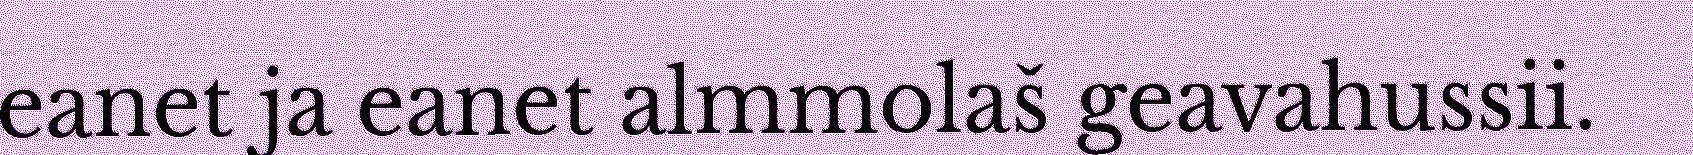
eanet ja eanet almmolaš geavahussii.